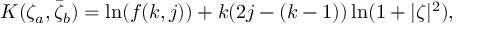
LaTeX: K ( \zeta _ { a } , \bar { \zeta } _ { b } ) = \ln ( f ( k , j ) ) + k ( 2 j - ( k - 1 ) ) \ln ( 1 + | \zeta | ^ { 2 } ) ,